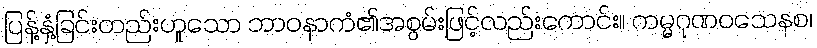
ပြန့်နှံ့ခြင်းတည်းဟူသော ဘာဝနာကံ၏အစွမ်းဖြင့်လည်းကောင်း။ ကမ္မဂုဏဝသေနစ၊